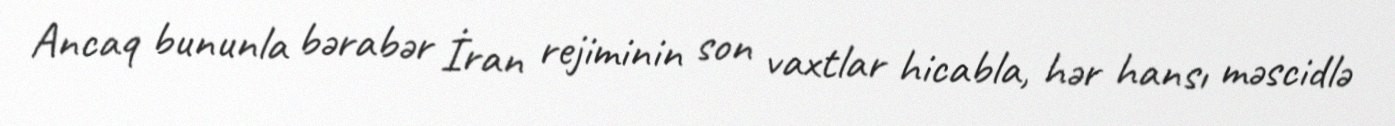
Ancaq bununla bərabər İran rejiminin son vaxtlar hicabla, hər hansı məscidlə